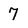
Character: 7